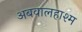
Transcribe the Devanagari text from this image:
अबवालहाश्म